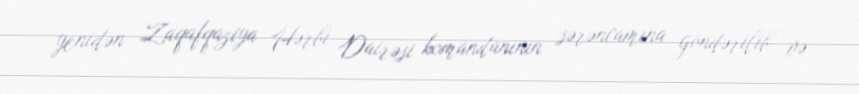
yenidən Zaqafqaziya Hərbi Dairəsi komandanının sərəncamına göndərilib və